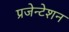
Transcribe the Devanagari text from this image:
प्रजेन्टेशन